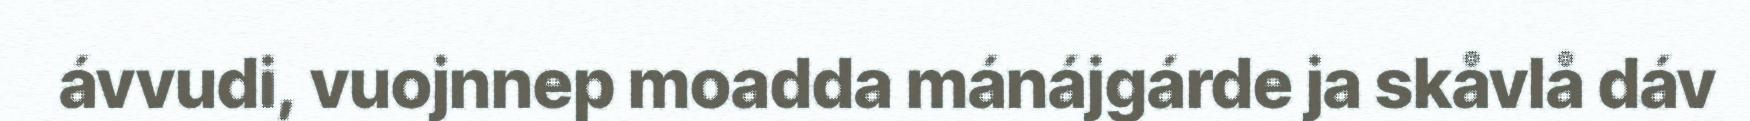
ávvudi, vuojnnep moadda mánájgárde ja skåvlå dáv